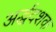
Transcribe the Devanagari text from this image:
अर्द्धदशक